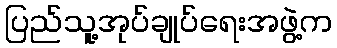
ပြည်သူ့အုပ်ချုပ်ရေးအဖွဲ့က